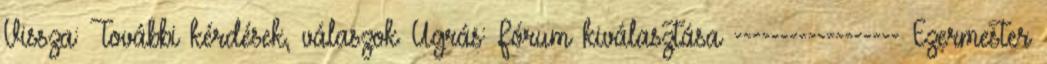
Vissza: További kérdések, válaszok Ugrás: Fórum kiválasztása ------------------ Ezermester